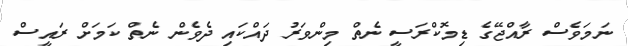
ނަމަވެސް ރާއްޖޭގެ ޑިމޮކްރަސީ ނެތް މިންވަރު ދައްކައި ދެވެން ނެތް ކަމަށް ރައީސް